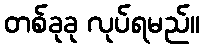
တစ်ခုခု လုပ်ရမည်။